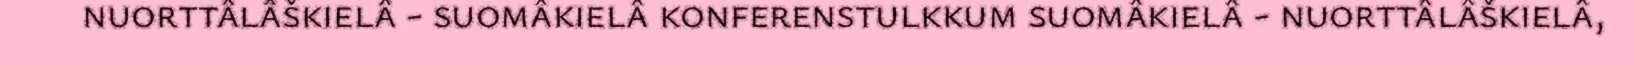
nuorttâlâškielâ - suomâkielâ konferenstulkkum suomâkielâ - nuorttâlâškielâ,